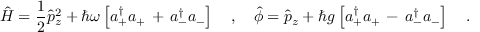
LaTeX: \hat { H } = \frac { 1 } { 2 } \hat { p } _ { z } ^ { 2 } + \hbar \omega \left[ a _ { + } ^ { \dagger } a _ { + } \, + \, a _ { - } ^ { \dagger } a _ { - } \right] \ \ \ , \ \ \ \hat { \phi } = \hat { p } _ { z } + \hbar g \left[ a _ { + } ^ { \dagger } a _ { + } \, - \, a _ { - } ^ { \dagger } a _ { - } \right] \ \ \ .